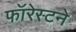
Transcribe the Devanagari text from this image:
फॉरेस्टने